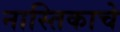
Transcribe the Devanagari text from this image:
नास्तिकाचे